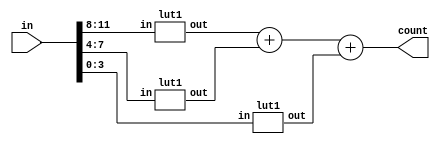
module lut2 (in,count);

input[11:0] in;
output wire [3:0] count;

wire [2:0] a,b,c;

lut1 r1 (in[11:8], a);
lut1 r2 (in[7:4], b);
lut1 r3 (in[3:0], c);

assign count = {1'b0, a} + b + c;
endmodule

module lut1 (in, out);

input [3:0] in;

reg [2:0] inter_out[15:0];

output wire [2:0] out;

initial
begin
	inter_out[0] <= 3'b000;
	inter_out[1] <= 3'b001;
	inter_out[2] <= 3'b001;	
	inter_out[3] <= 3'b010;
	inter_out[4] <= 3'b001;
	inter_out[5] <= 3'b010;
	inter_out[6] <= 3'b010;
	inter_out[7] <= 3'b011;
	inter_out[8] <= 3'b001;
	inter_out[9] <= 3'b010;
	inter_out[10] <= 3'b010;
	inter_out[11] <= 3'b011;
	inter_out[12] <= 3'b010;
	inter_out[13] <= 3'b011;
	inter_out[14] <= 3'b011;
	inter_out[15] <= 3'b100;
end

assign out = inter_out[in];
endmodule